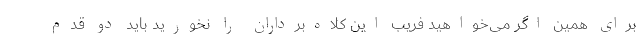
برای همین اگر می‌خواهید فریب این کلاه‌برداران را نخورید باید دو قدم